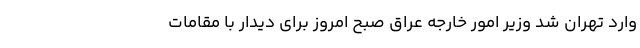
وارد تهران شد وزیر امور خارجه عراق صبح امروز برای دیدار با مقامات